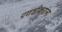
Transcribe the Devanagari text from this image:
पणशीकरांना